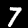
Label: 7